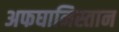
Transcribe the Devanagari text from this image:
अफघानिस्तान